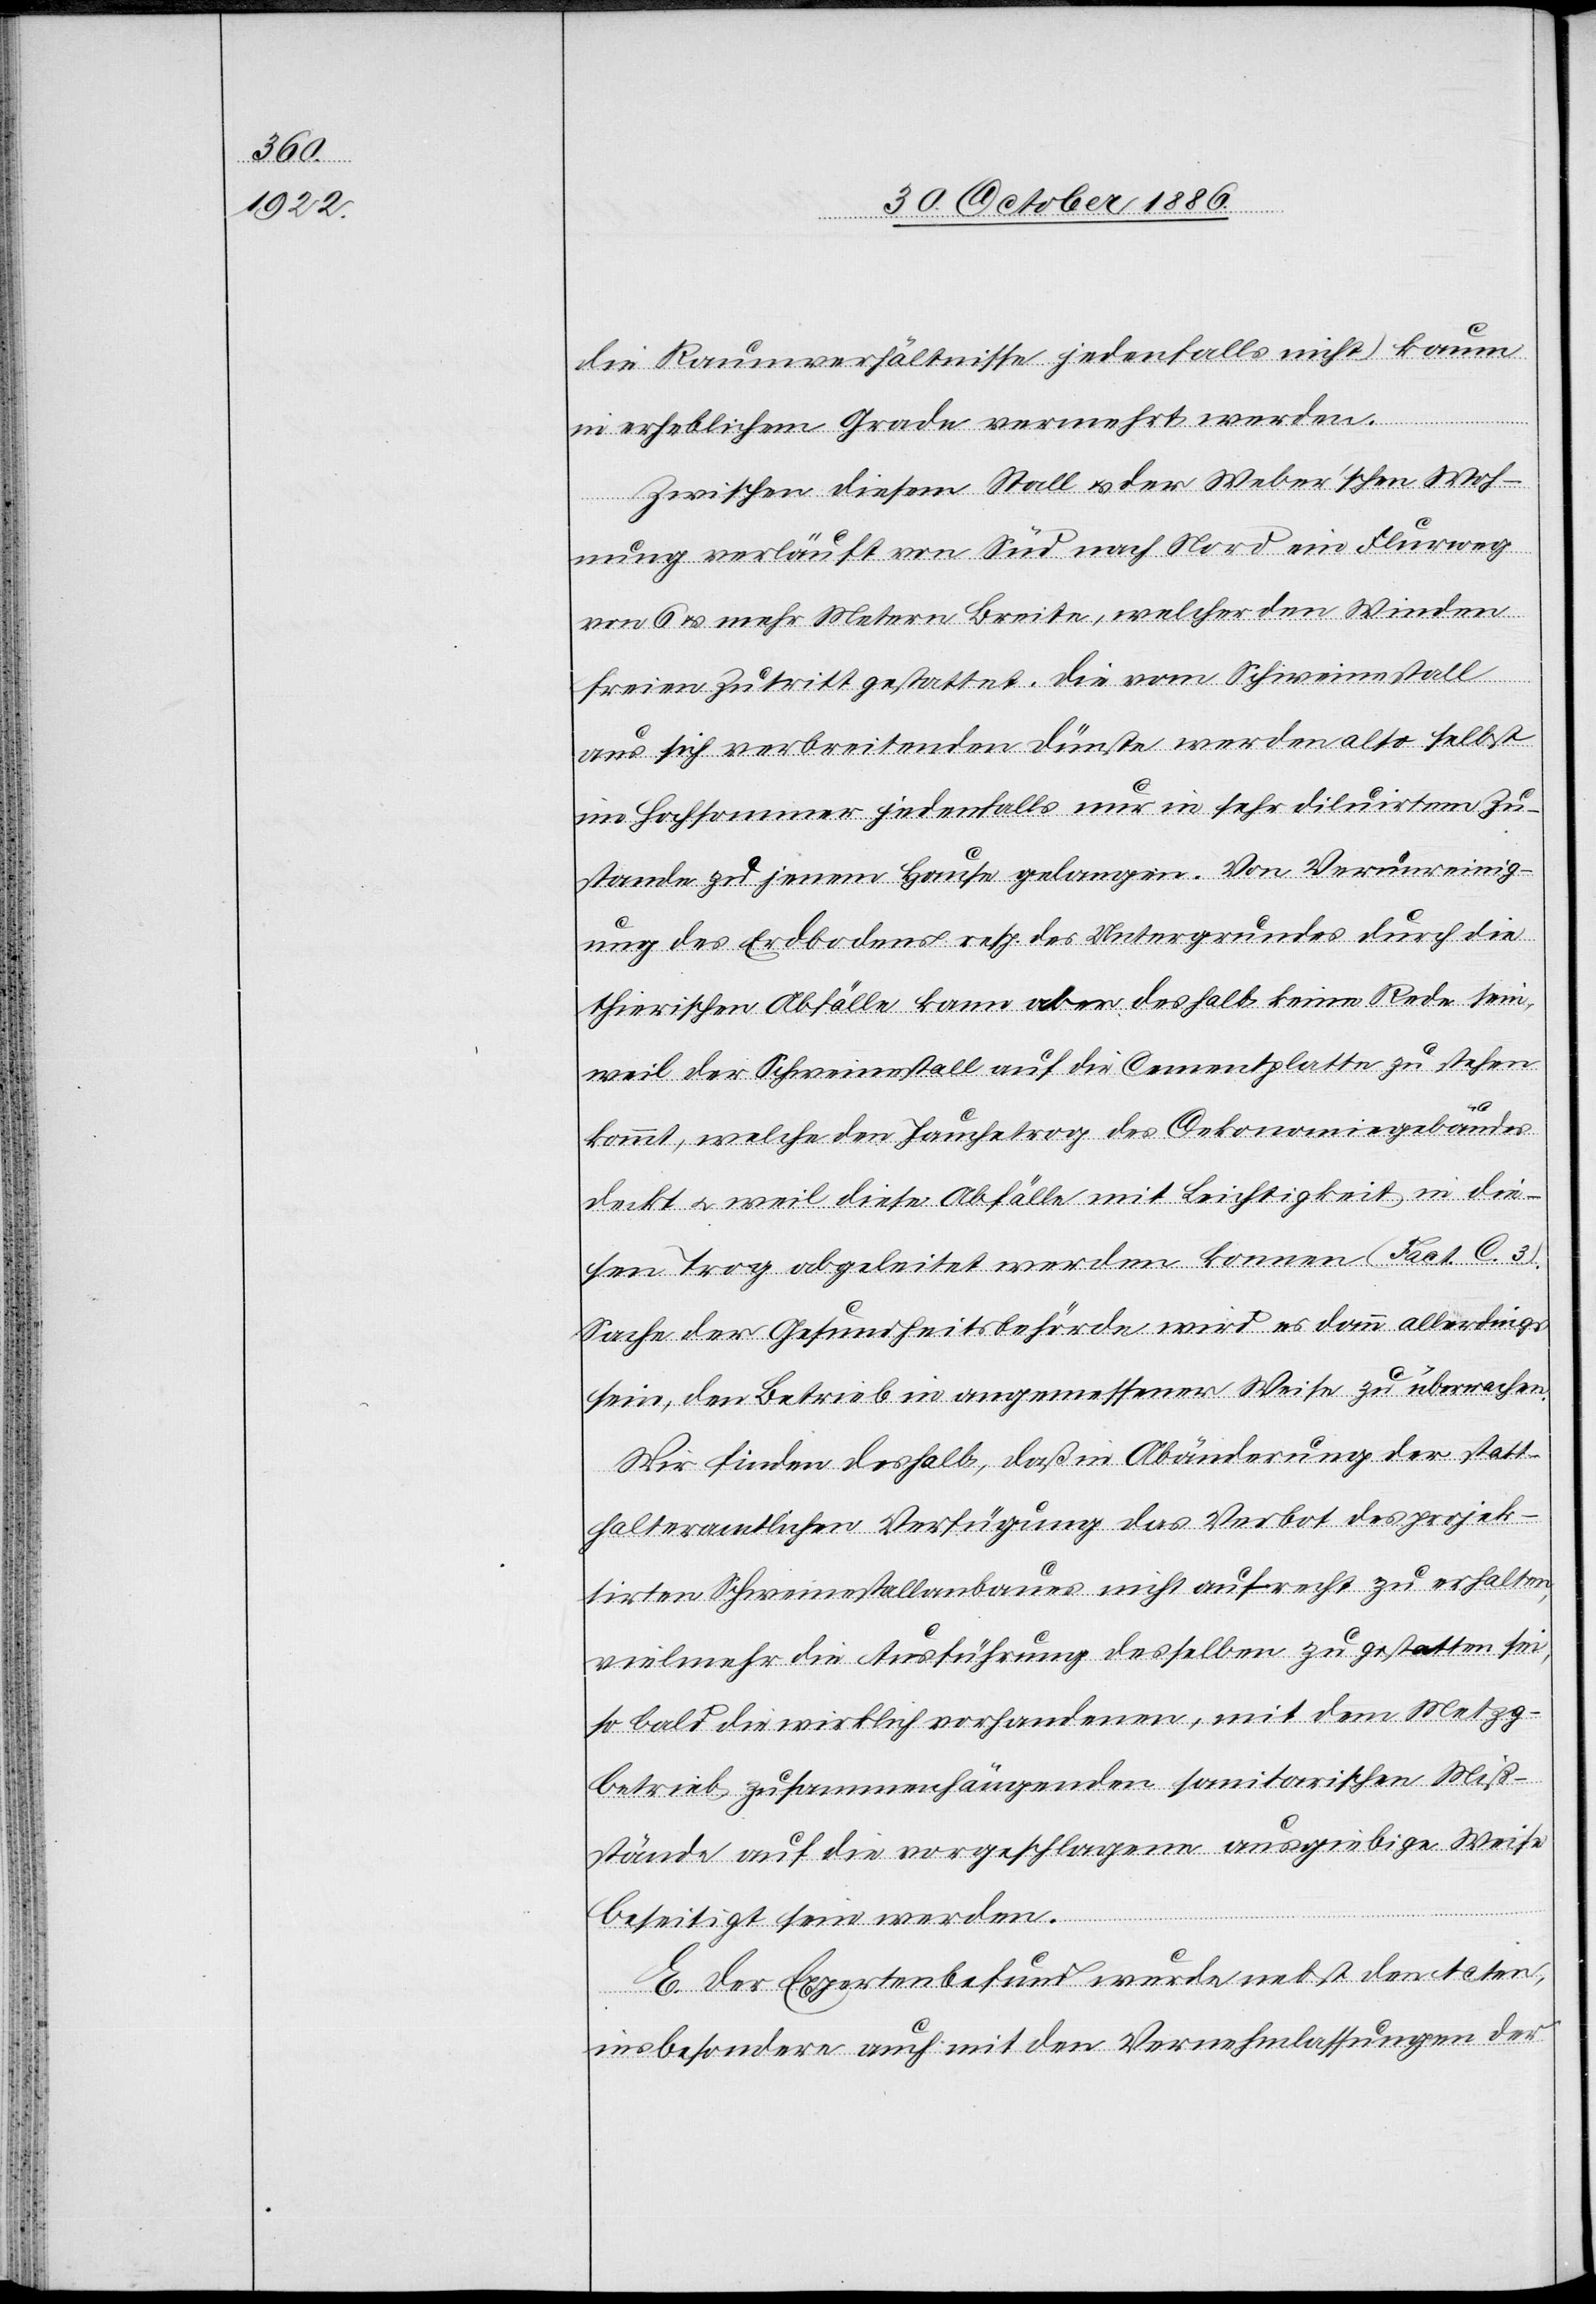
die Raumverhältnisse jedenfalls nicht) kaum
in erheblichem Grade vermehrt werden.
Zwischen diesem Stall & der Weber’schen Woh¬
nung verläuft von Süd nach Nord ein Flurweg
von 6 & mehr Metern Breite, welcher den Winden
freien Zutritt gestattet. Die vom Schweinestall
aus sich verbreitenden Dünste werden also selbst
im Hochsommer jedenfalls nur in sehr diluirtem Zu¬
stande zu jenem Hause gelangen. Von Verunreinig¬
ung des Erdbodens resp. des Untergrundes durch die
thierischen Abfälle kann aber deshalb keine Rede sein,
weil der Schweinestall auf die Cementplatte zu stehen
kommt, welche den Jauchetrog des Oekonomiegebäudes
deckt & weil diese Abfälle mit Leichtigkeit in die¬
sen Trog abgeleitet werden konnen [sic!] (Fact. C. 3).
Sache der Gesundheitsbehörde wird es dann allerdings
sein, den Betrieb in angemessener Weise zu überwachen.
Wir finden deshalb, daß in Abänderung der statt¬
halteramtlichen Verfügung das Verbot des projek¬
tirten Schweinestallanbauers nicht aufrecht zu erhalten,
vielmehr die Ausführung desselben zu gestatten sei,
so bald die wirklich vorhandenen, mit dem Metzg¬
betrieb zusammenhängenden sanitarischen Miß¬
stände auf die vorgeschlagene ausgiebige Weise
beseitigt sein werden.
E. Der Expertenbefund wurde nebst den Acten,
insbesondere auch mit den Vernehmlassungen der